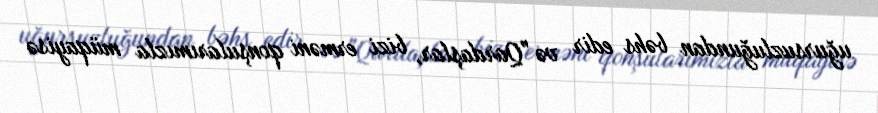
uğursuzluğundan bəhs edir və "Qardaşlar, bizi erməni qonşularımızla müqayisə